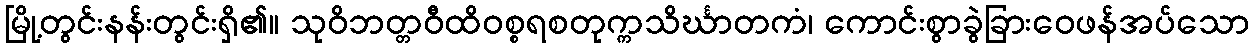
မြို့တွင်းနန်းတွင်းရှိ၏။ သုဝိဘတ္တဝီထိဝစ္စရစတုက္ကသိင်္ဃာတကံ၊ ကောင်းစွာခွဲခြားဝေဖန်အပ်သော